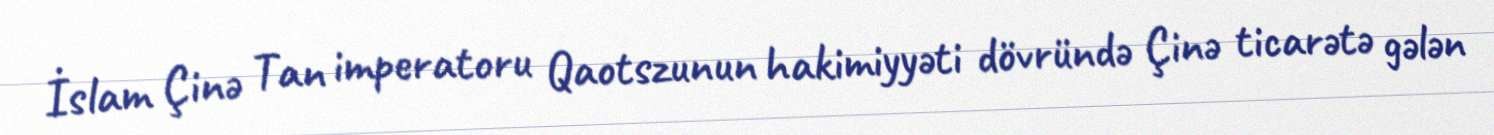
İslam Çinə Tan imperatoru Qaotszunun hakimiyyəti dövründə Çinə ticarətə gələn